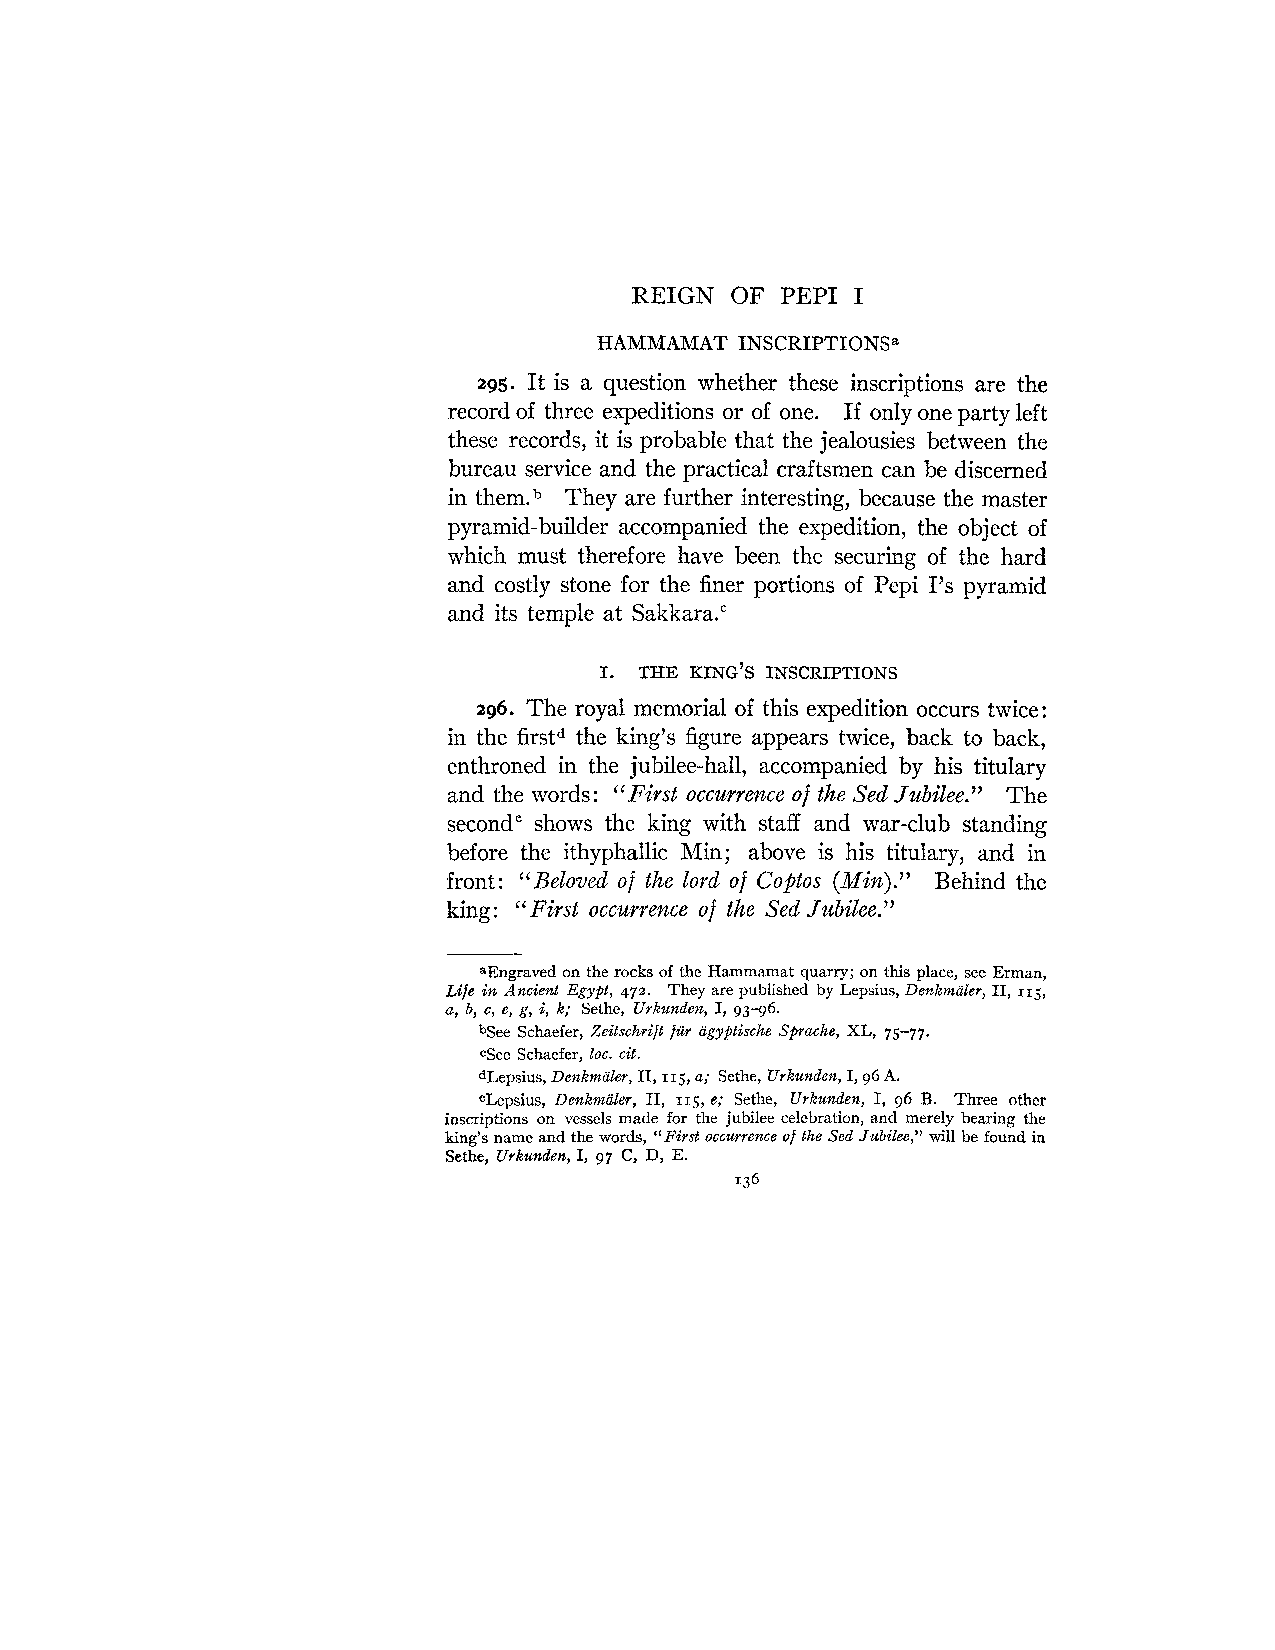
REIGN OF  PEP1 I
 HAMMAMAT INSCRIPTIONSa
 29s. It is a question whether these inscriptions are the
 record of three expeditions or of one. If only one party left
 these records, it is probable that the jealousies between the
 bureau service and the practical craftsmen can be discerned
 in them.b They are further interesting, because the master
 pyramid-builder accompanied the expedition, the object of
 which must therefore have been the securing of the hard
 and costly stone for the finer portions of Pepi 1's pyramid
 and its temple at Sakkara."
 I. THE KING'S INSCRIPTIONS
 296. The royal memorial of this expedition occurs twice:
 in the firstd the king's figure appears twice, back to back,
 enthroned in the jubilee-hall, accompanied by his titulary
 and the words: "First occurrence of the Sed Jubilee." The
 second" shows the king with staff and war-club standing
 before the ithyphallic Min; above is his titulary, and in
 front: "Beloved of the lord of Coptos (Min)." Behind the
 king : "First occurrence of the Sed Jubilee."
 aEngraved on the rocks of the Hammamat quarry; on this place, see Erman,
 Life in Ancient Egypt, 472. They are published by Lepsius, Denkmder, 11, 115,
 a, b, c, e, g, i, k; Sethe, Urkunden, I, 93-96.
 bSee Schaefer, Zeitschrift fur agyptische Sprache, XL, 75-77.
 See Schaefer, loc. cit.
 dlepsius, Denkmaler, 11, 115, a; Sethe, Urkunden, I, 96 A.
 elepsius, Denkmaler, 11, 115, e; Sethe, Urkunden, I, 96 B. Three other
 inscriptions on vessels made for the jubilee celebration, and merely bearing the
 king's name and the words, "First occurrence of the Sed Jubilee," will be found in
 Sethe, Urkunden, I, 97 C, D, E.
 136